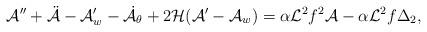
LaTeX: \begin{align*}{\cal A}'' + \ddot{{\cal A}} - {\cal A}'_w - \dot{{\cal A}}_{\theta} + 2 {\cal H} ( {\cal A}'-{\cal A}_w)= \alpha {\cal L}^2 f^2 {\cal A} - \alpha {\cal L}^2 f \Delta_2,\end{align*}